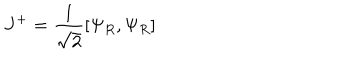
J ^ { + } = { \frac { 1 } { \sqrt 2 } } [ \Psi _ { R } , \Psi _ { R } ]